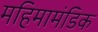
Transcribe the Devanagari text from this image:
महिमामंडिक